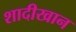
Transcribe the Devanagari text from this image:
शादीखान